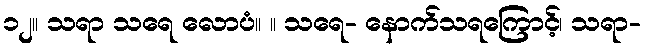
၁၂။ သရာ သရေ လောပံ။ ။ သရေ- နောက်သရကြောင့်၊ သရာ-